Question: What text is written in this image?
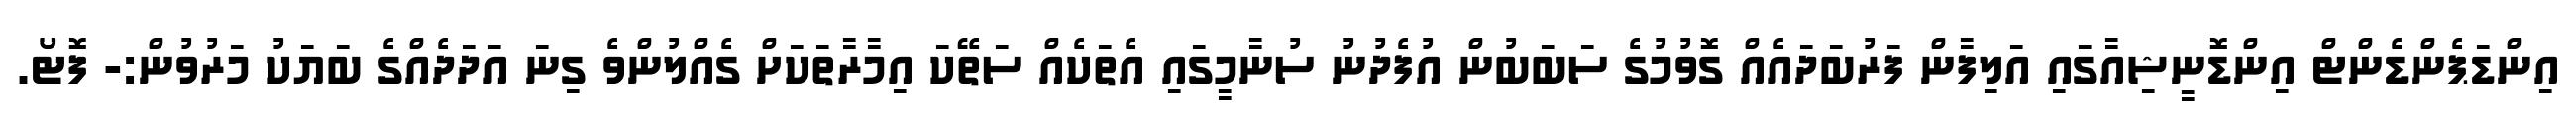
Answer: އިންޑަޕެންޑެންޓް އިންޑޮނީޝިއާގައި އަލިފާން ފަރުބަދައެއް ގޮވުމުގެ ސަބަބުން އުފެދުނު ސުނާމީގައި އެތަކެއް ސަތޭކަ އިމާރާތަކަށް ގެއްލުންވެ ގިނަ އަދަދެއްގެ ބަޔަކު މަރުވުން:- ފޮޓޯ.